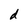
Character: d